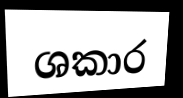
ශකාර